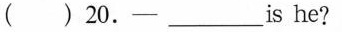
( ) 20.-___is he?